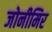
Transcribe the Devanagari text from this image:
जोनीमिर